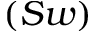
( S w )